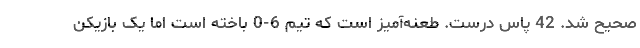
صحیح شد. 42 پاس درست. طعنه‌آمیز است که تیم 6-0 باخته است اما یک بازیکن